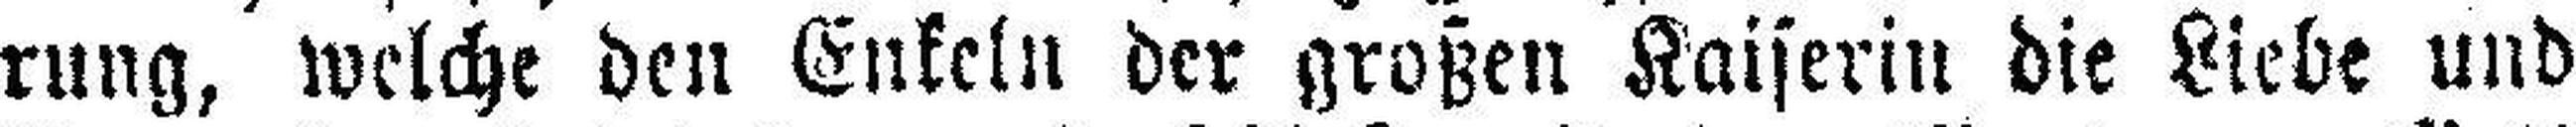
rung, welche den Enkeln der großen Kaiserin die Liebe und